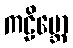
ကဠိမ္ဘော